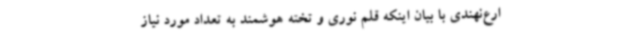
ارع‌نهندی با بیان اینکه قلم نوری و تخته هوشمند به تعداد مورد نیاز